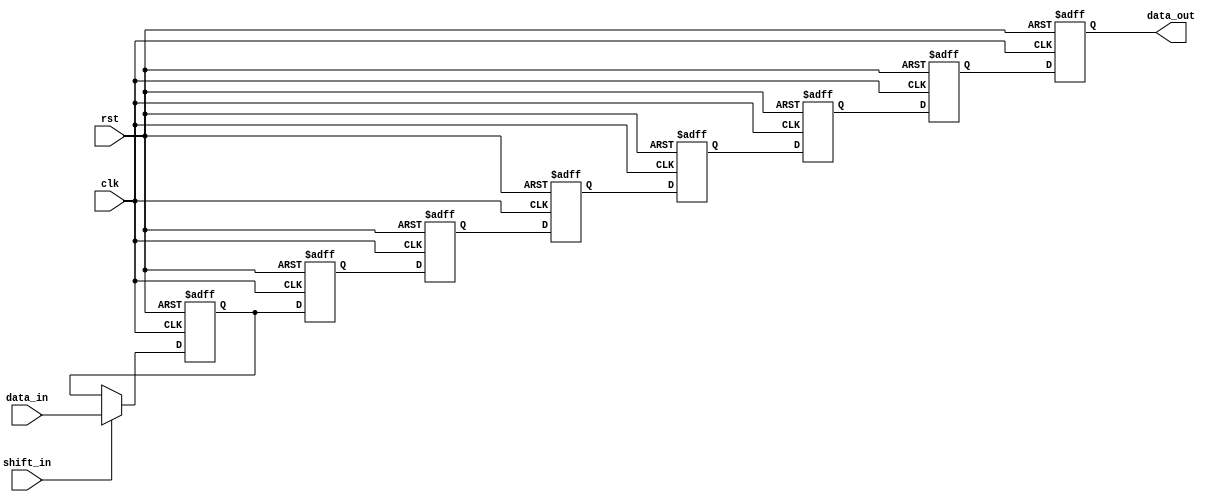
module fixed_point_shift_register (
    input wire clk,
    input wire rst,
    input wire [15:0] data_in,
    input wire shift_in,
    
    output reg [15:0] data_out
);

reg [15:0] shift_reg [7:0];
reg [15:0] product_reg;

integer i;

always @(posedge clk or posedge rst) begin
    if (rst) begin
        for (i = 0; i < 8; i = i + 1) begin
            shift_reg[i] <= 16'h0000;
        end
        product_reg <= 16'h0000;
    end else begin
        for (i = 7; i > 0; i = i - 1) begin
            shift_reg[i] <= shift_reg[i - 1];
        end
        shift_reg[0] <= shift_in ? data_in : shift_reg[0];
        
        product_reg <= product_reg + data_in;
    end
end

assign data_out = shift_reg[7];

endmodule